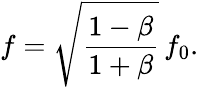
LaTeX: f={\sqrt{\frac{1-\beta}{1+\beta}}}\, f_{0}.